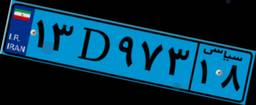
۸۰D۰۴۹۱۹